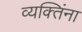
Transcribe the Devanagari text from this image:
व्यक्‍तिंना